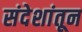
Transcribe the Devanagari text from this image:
संदेशांतून